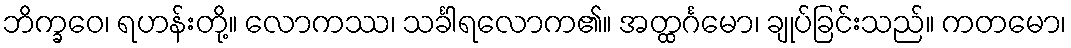
ဘိက္ခဝေ၊ ရဟန်းတို့။ လောကဿ၊ သင်္ခါရလောက၏။ အတ္ထင်္ဂမော၊ ချုပ်ခြင်းသည်။ ကတမော၊